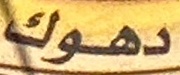
دهوك